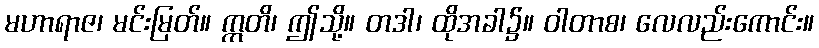
မဟာရာဇ၊ မင်းမြတ်။ ဣတိ၊ ဤသို့။ တဒါ၊ ထိုအခါ၌။ ဝါတာစ၊ လေလည်းကောင်း။